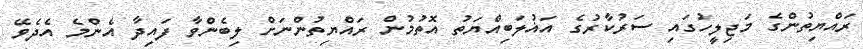
ރައްޔިތުންގެ މަޖިލީހުގައި ސަރުކާރުގެ އަޣުލަބިއްޔަތު އޮތުމުން ރައްޔިތުންނަށް ލިބެންވާ ފައިދާ އެންމެ އެދެވޭ